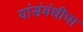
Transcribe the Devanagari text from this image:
यांसंबंधीचा